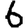
Digit: 6